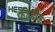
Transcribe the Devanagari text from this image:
फीजीक